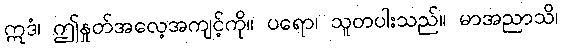
ဣဒံ၊ ဤနှုတ်အလေ့အကျင့်ကို။ ပရော၊ သူတပါးသည်။ မာအညာသိ၊